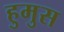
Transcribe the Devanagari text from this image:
हुमुस